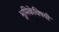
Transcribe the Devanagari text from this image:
भूमिकेविषयी